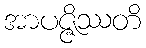
အာပဇ္ဇိဿတိ